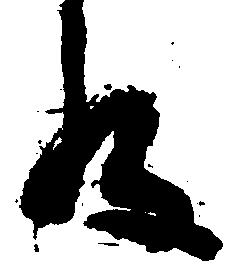
殿